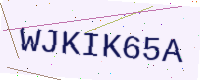
Text: WJKIK65A